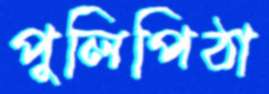
পুলিপিঠা